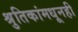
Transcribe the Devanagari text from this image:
श्रुतिकांमधूनही